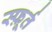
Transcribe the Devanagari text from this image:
स्फ़ूर्त